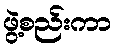
ဖွဲ့စည်းကာ